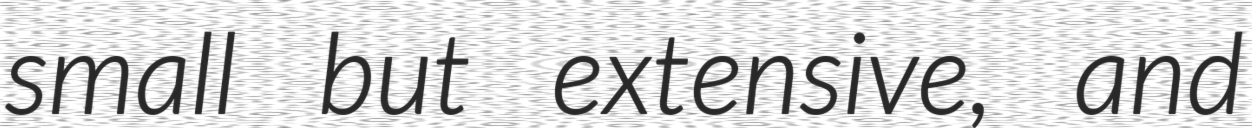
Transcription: small but extensive, and